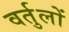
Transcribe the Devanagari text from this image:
वर्तुलों